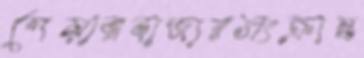
শেয়ারবাজারসংক্রান্ত